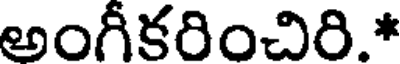
అంగీకరించిరి.*